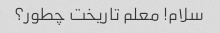
سلام! معلم تاریخت چطور؟